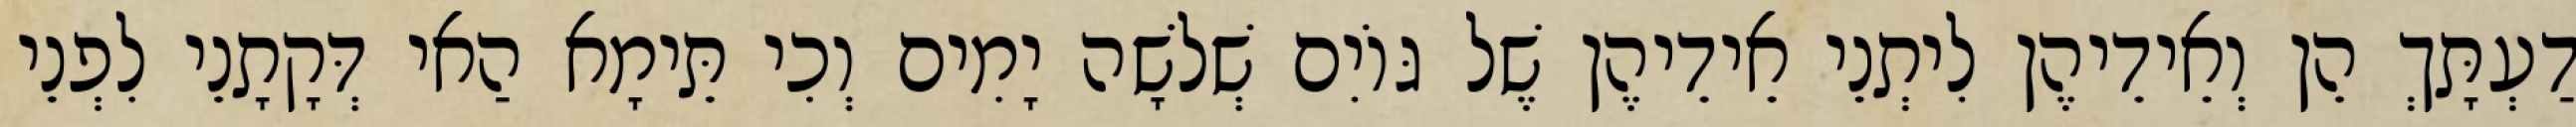
דַעְתָּךְ הֵן וְאֵידֵיהֶן לִיתְנֵי אֵידֵיהֶן שֶׁל גּוֹיִם שְׁלֹשָׁה יָמִים וְכִי תֵּימָא הַאי דְּקָתָנֵי לִפְנֵי